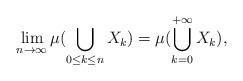
LaTeX: \begin{align*}\lim_{n\to \infty}\mu(\bigcup_{0\leq k\leq n}X_k)=\mu(\bigcup_{k=0}^{+\infty} X_k),\end{align*}